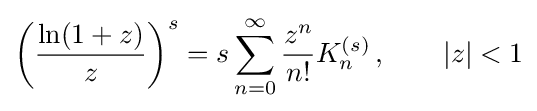
\left({\frac {\ln(1+z)}{z}}\right)^{s}=s\sum _{n=0}^{\infty }{\frac {z^{n}}{n!}}K_{n}^{(s)}\,,\qquad |z|<1